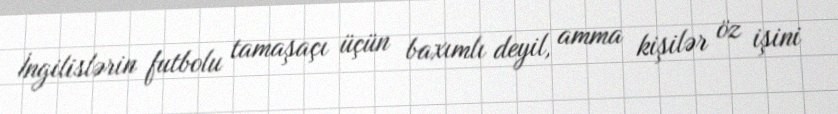
İngilislərin futbolu tamaşaçı üçün baxımlı deyil, amma kişilər öz işini